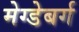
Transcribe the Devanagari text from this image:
मेग्डेबर्ग